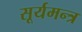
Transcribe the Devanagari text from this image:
सूर्यमन्त्र